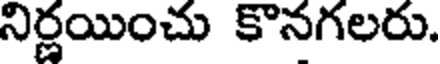
నిర్ణయించు కొనగలరు.